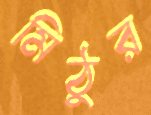
মিঠুর